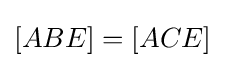
[ABE]=[ACE]